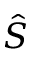
\hat { S }